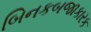
બિનકબજાકારક